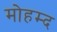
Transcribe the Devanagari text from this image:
मोहम्द